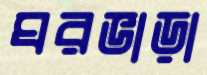
ঘরভাড়া